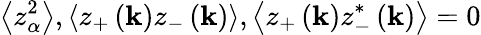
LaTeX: \left\langle z_{\alpha}^{2}\right\rangle,\left\langle z_{+}\left(\mathbf{k}\right)z_{-}\left(\mathbf{k}\right)\right\rangle,\left\langle z_{+}\left(\mathbf{k}\right)z_{-}^{*}\left(\mathbf{k}\right)\right\rangle=0